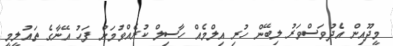
މީދޫއިން އެދުވަސްވަރު ލިބޭން ހުރި އިލްމެއް ހާސިލް ކުރެއްވުމަށް ފަހު އޭނާގެ ތައުލީމީ